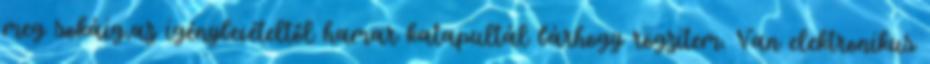
meg sokáig,az igénybevételtől hamar katapultál bárhogy rögzitem. Van elektronikus